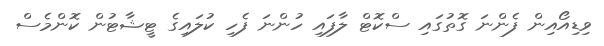
ވިޑިއޯއިން ފެންނަ ގޮތުގައި ސްކޮޓް ލާފައި ހުންނަ ފެހި ކުލައިގެ ޓީޝާޓުން ކޮންމެސް